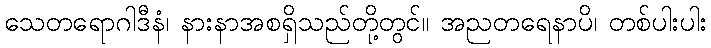
သေတရောဂါဒီနံ၊ နားနာအစရှိသည်တို့တွင်။ အညတရေနာပိ၊ တစ်ပါးပါး